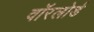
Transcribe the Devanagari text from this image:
वॉरलोर्ड